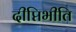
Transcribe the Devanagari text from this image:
दीप्तिभीति